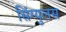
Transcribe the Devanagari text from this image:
सिंग्युलस